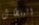
البنطال